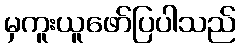
မှကူးယူဖော်ပြပါသည်